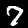
Digit: 7